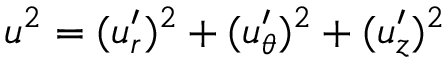
u ^ { 2 } = ( u _ { r } ^ { \prime } ) ^ { 2 } + ( u _ { \theta } ^ { \prime } ) ^ { 2 } + ( u _ { z } ^ { \prime } ) ^ { 2 }